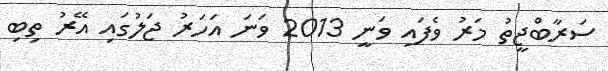
ސަރާބްޖީތު މަރު ވެފައި ވަނީ 2013 ވަނަ އަހަރު ޖަލުގައި އޭރު ތިބި